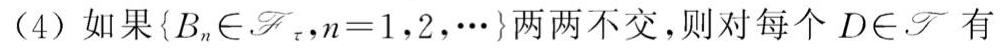
(4) 如果 $\{B_n\in\mathscr{F}_\tau,n = 1,2,\cdots\}$ 两两不交，则对每个 $D\in\mathscr{F}$ 有